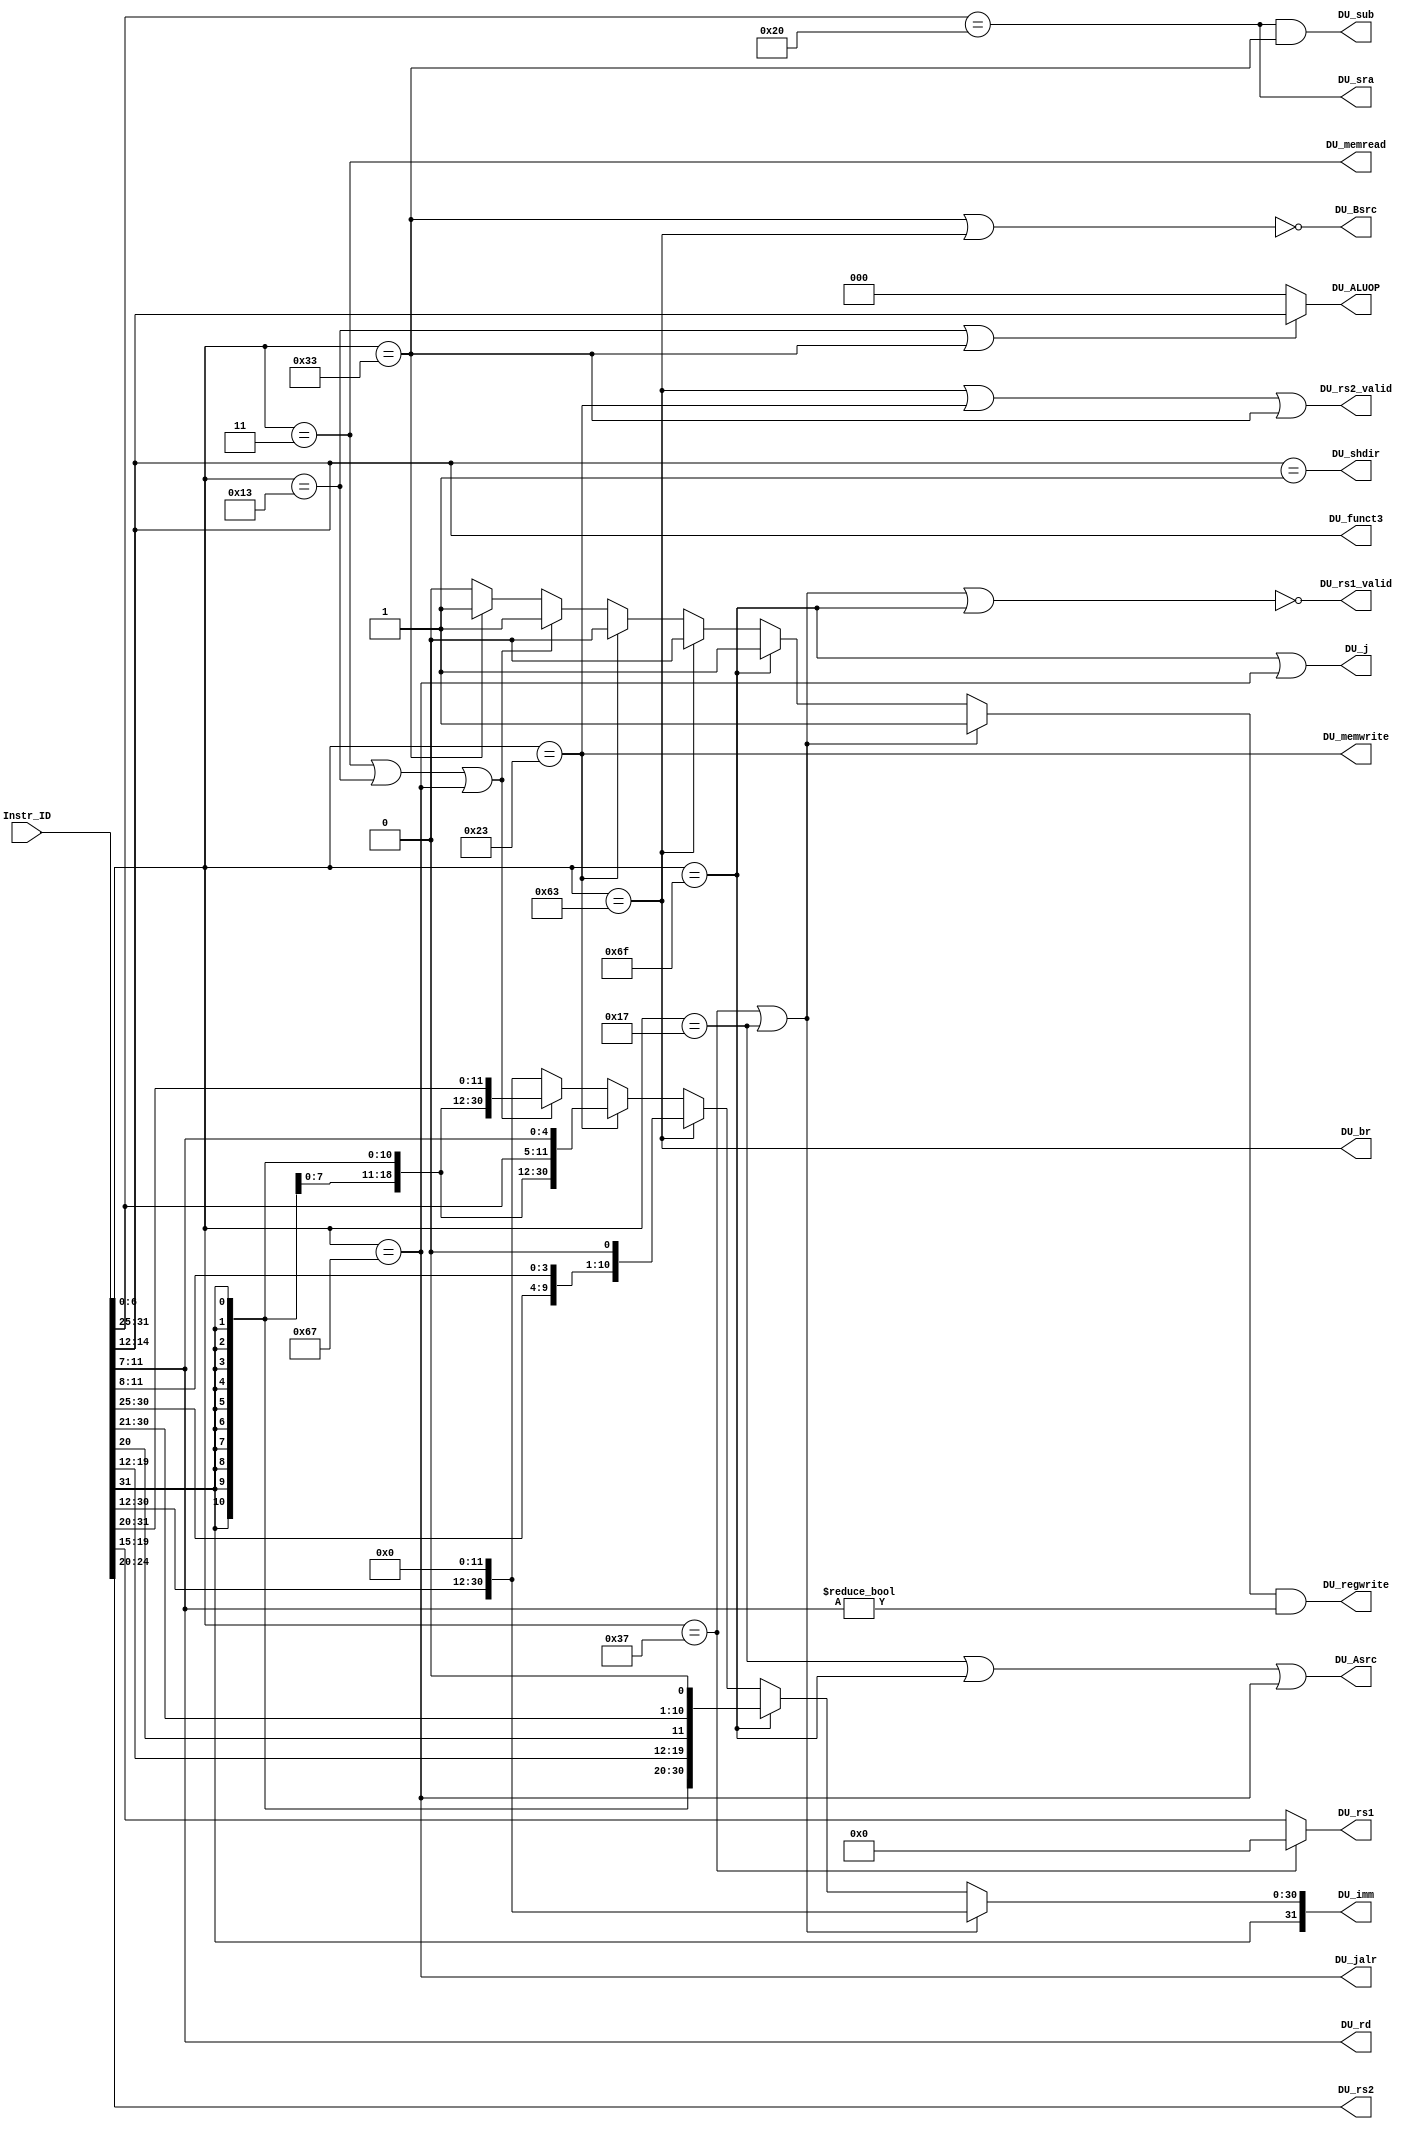
`timescale 1ns / 1ps
//////////////////////////////////////////////////////////////////////////////////
// Company: 
// Engineer: 
// 
// Design Name: 
// Module Name: DecodingUnit
// Project Name: 
// Target Devices: 
// Tool Versions: 
// Description: 
// 
// Dependencies: 
// 
// Revision:
// Revision 0.01 - File Created
// Additional Comments:
// 
//////////////////////////////////////////////////////////////////////////////////


module DecodingUnit(
    input [31:0]Instr_ID,
    output DU_rs1_valid,
    output DU_rs2_valid,
    output [4:0]DU_rs1,
    output [4:0]DU_rs2,
    output [4:0]DU_rd,
    output DU_memread,
    output DU_memwrite,
    output DU_regwrite,
    output DU_j,
    output DU_br,
    output DU_jalr,
    output DU_sub,
    output DU_sra,
    output DU_shdir,
    output DU_Asrc,
    output DU_Bsrc,
    output [2:0]DU_funct3,
    output [2:0]DU_ALUOP,
    output reg [31:0]DU_imm
    );

    reg raw_regwrite;
    wire[6:0] opcode = Instr_ID[6:0];
    wire[6:0] funct7 = Instr_ID[31:25];
    wire[2:0] funct3 = Instr_ID[14:12];
    wire LUI = opcode == 7'b0110111;
    wire AUIPC = opcode == 7'b0010111;
    wire JAL = opcode == 7'b1101111;
    wire JALR = opcode == 7'b1100111;
    wire B_type = opcode == 7'b1100011;
    wire R_type = opcode == 7'b0110011;
    wire I_type = opcode == 7'b0010011; // excluding LW and JALR
    wire L_type = opcode == 7'b0000011;
    wire S_type = opcode == 7'b0100011;

    assign DU_ALUOP[2:0] = (I_type || R_type)? funct3 : 3'b0; // used only when R-type and corresponding I-type
    assign DU_rd = Instr_ID[11:7];
    assign DU_rs1 = LUI? 5'b0 : Instr_ID[19:15];
    assign DU_rs2 = Instr_ID[24:20];
    assign DU_rs1_valid = ~(LUI || AUIPC || JAL);
    assign DU_rs2_valid = (B_type || S_type || R_type);
    assign DU_sra = funct7 == 7'b0100000;
    assign DU_shdir = funct3 == 3'b001; // shift left
    assign DU_sub = (funct7 == 7'b0100000) & R_type;
    assign DU_memread = L_type;
    assign DU_memwrite = S_type;
    assign DU_j = JAL || JALR;
    assign DU_jalr = JALR;
    assign DU_br = B_type;
    assign DU_regwrite = raw_regwrite && (DU_rd != 5'b0);
    assign DU_Asrc = AUIPC || JAL || JALR; // 1: PC 0: (Rs1)
    assign DU_Bsrc = ~(R_type || B_type); // 1: Imm (including PC + 4 for jalr) 0: (Rs2)
    assign DU_funct3 = funct3;

    always@(*) begin
        raw_regwrite = 0;
        DU_imm = {Instr_ID[31:12], 12'b0};
        if (LUI || AUIPC) begin // U-type
            raw_regwrite = 1;
            // DU_imm = {Instr_ID[31:12], 12'b0}; default value
        end else if (JAL) begin // J-type jal
            raw_regwrite = 1;
            DU_imm = {{12{Instr_ID[31]}}, Instr_ID[19:12], Instr_ID[20], Instr_ID[30:25], Instr_ID[24:21], 1'b0};
        end else if (B_type) begin // B-type
            DU_imm = {{20{Instr_ID[31]}}, Instr_ID[7], Instr_ID[30:25], Instr_ID[11:8], 1'b0};
        end else if (S_type) begin // S-type
            DU_imm = {{20{Instr_ID[31]}}, Instr_ID[31:25], Instr_ID[11:7]};
        end else if (L_type || I_type || JALR) begin // I-type (LW or ADDI or JALR)
            raw_regwrite = 1;
            DU_imm = {{20{Instr_ID[31]}}, Instr_ID[31:20]};
        end else if (R_type) begin // R-type
            raw_regwrite = 1;
        end
    end

endmodule